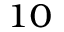
^ { 1 0 }